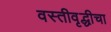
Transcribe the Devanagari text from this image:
वस्तीवृद्धीचा